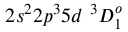
{ 2 s ^ { 2 } 2 p ^ { 3 } 5 d ~ ^ { 3 } D _ { 1 } ^ { o } }